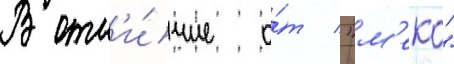
В отл'и́чие о́т "м'еко"